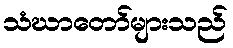
သံဃာတော်များသည်